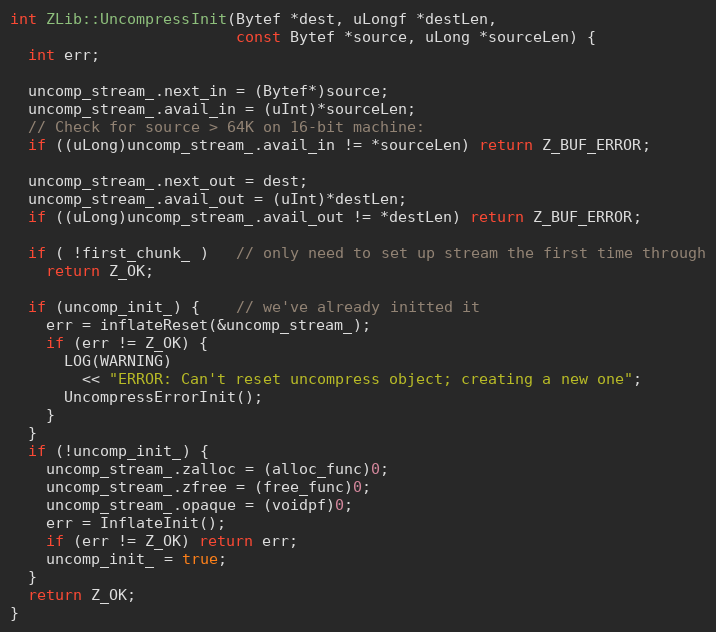
Language: C++
int ZLib::UncompressInit(Bytef *dest, uLongf *destLen,
                         const Bytef *source, uLong *sourceLen) {
  int err;

  uncomp_stream_.next_in = (Bytef*)source;
  uncomp_stream_.avail_in = (uInt)*sourceLen;
  // Check for source > 64K on 16-bit machine:
  if ((uLong)uncomp_stream_.avail_in != *sourceLen) return Z_BUF_ERROR;

  uncomp_stream_.next_out = dest;
  uncomp_stream_.avail_out = (uInt)*destLen;
  if ((uLong)uncomp_stream_.avail_out != *destLen) return Z_BUF_ERROR;

  if ( !first_chunk_ )   // only need to set up stream the first time through
    return Z_OK;

  if (uncomp_init_) {    // we've already initted it
    err = inflateReset(&uncomp_stream_);
    if (err != Z_OK) {
      LOG(WARNING)
        << "ERROR: Can't reset uncompress object; creating a new one";
      UncompressErrorInit();
    }
  }
  if (!uncomp_init_) {
    uncomp_stream_.zalloc = (alloc_func)0;
    uncomp_stream_.zfree = (free_func)0;
    uncomp_stream_.opaque = (voidpf)0;
    err = InflateInit();
    if (err != Z_OK) return err;
    uncomp_init_ = true;
  }
  return Z_OK;
}